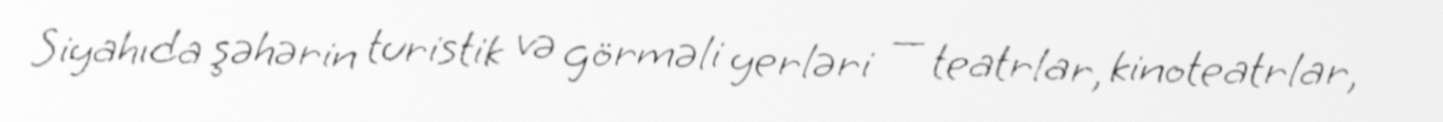
Siyahıda şəhərin turistik və görməli yerləri — teatrlar, kinoteatrlar,